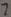
Text: 2